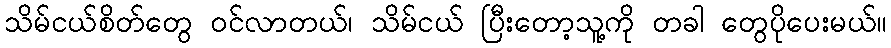
သိမ်ငယ်စိတ်တွေ ဝင်လာတယ်၊ သိမ်ငယ် ပြီးတော့သူ့ကို တခါ တွေပိုပေးမယ်။